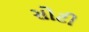
સોટી